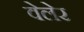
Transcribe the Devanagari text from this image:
वेलेर